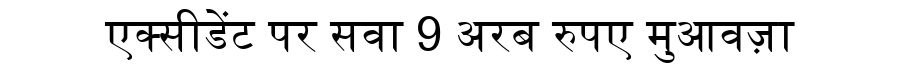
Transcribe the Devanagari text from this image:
एक्सीडेंट पर सवा 9 अरब रुपए मुआवज़ा